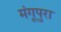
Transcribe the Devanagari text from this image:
मंगूपुरा